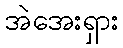
အဲအေးရှား